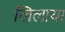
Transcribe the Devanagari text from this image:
खिलाया